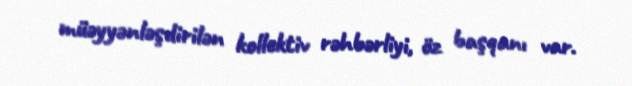
müəyyənləşdirilən kollektiv rəhbərliyi, öz başqanı var.